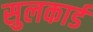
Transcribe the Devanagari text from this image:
सुलकार्ड